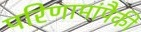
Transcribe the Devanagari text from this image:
परिणामांपैकी